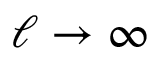
\ell \to \infty